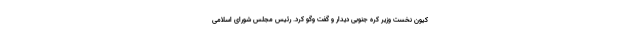
کیون نخست وزیر کره جنوبی دیدار و گفت وگو کرد. رئیس مجلس شورای اسلامی